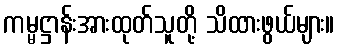
ကမ္မဋ္ဌာန်းအားထုတ်သူတို့ သိထားဖွယ်များ။